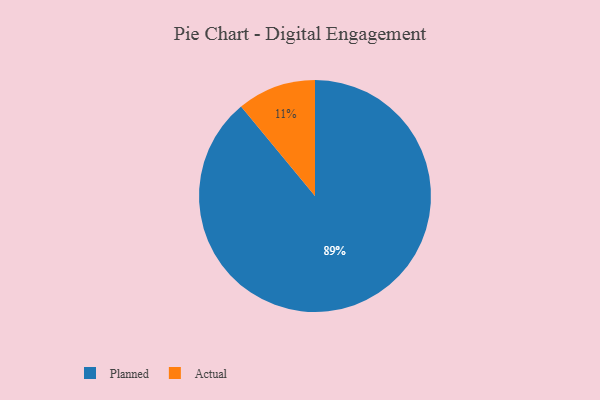
{"axis": {"x": "Category", "y": "Percentage"}, "legend": ["Actual", "Planned"], "data": [{"x": "Actual", "y": 11, "type": "Actual"}, {"x": "Planned", "y": 89, "type": "Planned"}]}